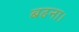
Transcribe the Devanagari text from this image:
बढना।